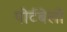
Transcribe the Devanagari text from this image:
पोर्टबेलो